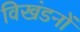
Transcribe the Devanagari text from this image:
विखंडनों